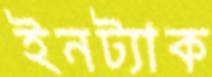
ইনট্যাক